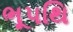
ભૂપથિ